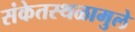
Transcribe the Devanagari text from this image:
संकेतस्थळामुले